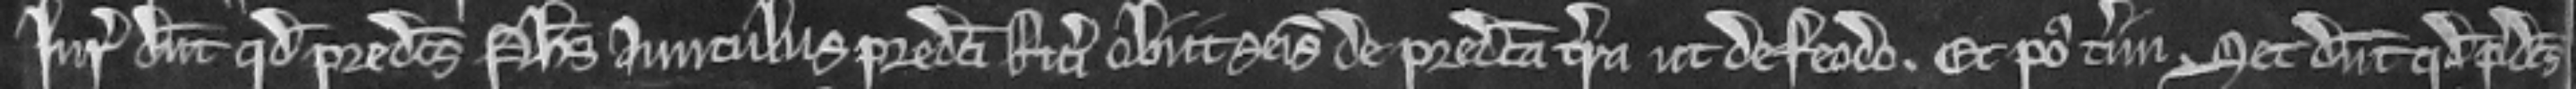
Juratores dicunt quod predictus Philippus avunculus predicti Ricardi obiit seisitus de predicta terra ut de feodo et post terminum set dicunt quod predictus